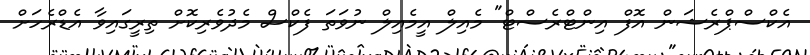
އެކްސްޕްރެޝަން އޮފް އިންޓްރެސްޓް" މެއިލް އީމެއިލް ނުވަތަ ފެކްސް މެދުވެރިކޮށް ތިރީގައިވާ އެޑްރެހަށް